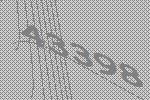
43398